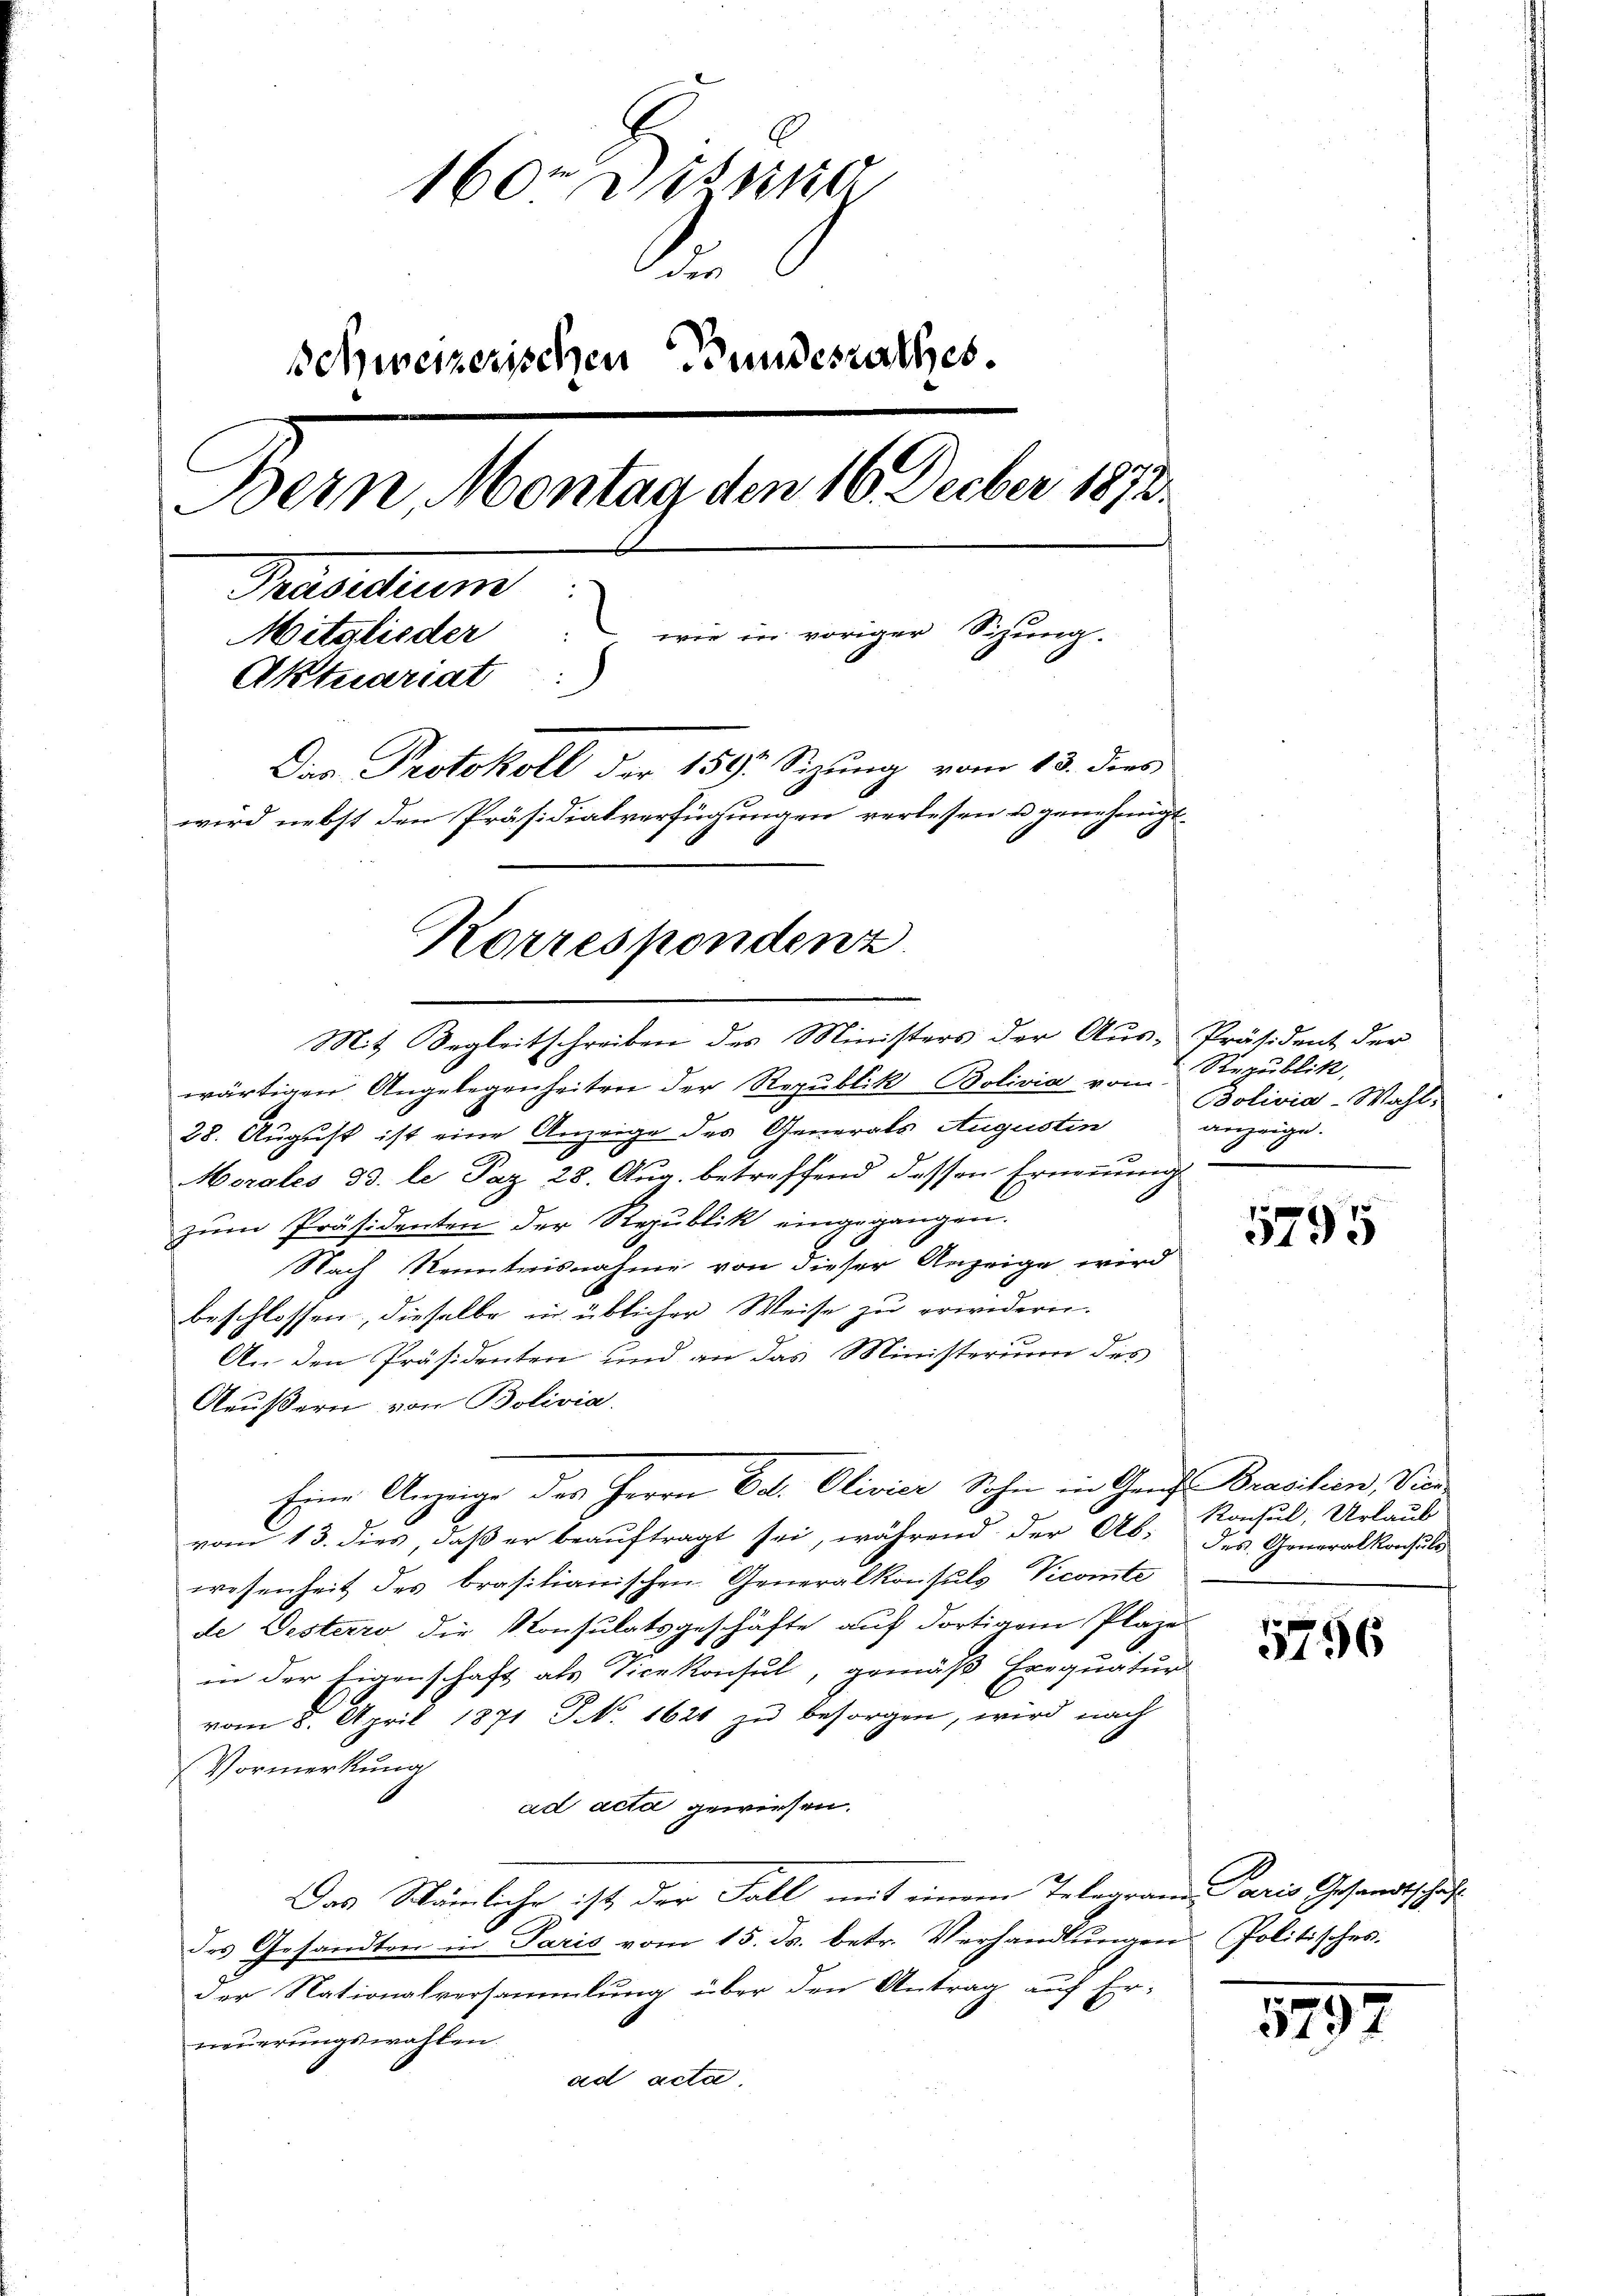
160. Dessing
i
Schweizerischen Bundesrathes.
Denn erlangen 150 aber 189
Praediums
Mitglieder wie in voriger Sihung.
Aktuariat
Dirs Protokoll der 159 Sizung vom 13. dies
wird nebst den Präsidialverfügungen verlesen u genehmigt.
Korrespondenz

Mit Begleitschreiben des Ministers der Auswärtigen Angelegenheiten der Republik Bolivia von Republik,
28. August ist eine Anzeige des Generals Augustin
.
Morales 33. le Paz 28. Aug. betreffend dessen Ernennung
zum Präsidenten der Republik eingegangen.
Nach Kenntnisnahme von dieser Anzeige wird
beschlossen, dieselbe in üblicher Weise zu erwidern.
An den Präsidenten und an das Ministerium des
Äußern von Bolivia.
vom 13. dies, daß er beauftragt sei, während der Ab- des Generalkonsuls
wesenheit des brasilianischen Generalkonsuls Vecomte
de Desterro, die Konsulatsgeschäfte auf dortigem Plaze
in der Eigenschaft als Vicekonsul, gemäß Exequatur
vom 8. April 1871 Fr. 1624 zu besorgen, wird nach
Vormerkung
ad acta gewiesen.
Das Stämmliche ist der Fall mit einem Telegrandaris Gesandtschäft
des Gesandten in Paris vom 15. ds. betr. Verhandlŭngen Politisches.
der Nationalversammlung über den Antrag auf Er-
neuerungswahlen.
ad acta.

Eine Anzeige des Herrn Dat. Olivier Sohn in Graf Brachen, Vie

Präsident der
Bolivia-Wahl.
anzeige.

5795

Konsul, Urlaub

5756

5797